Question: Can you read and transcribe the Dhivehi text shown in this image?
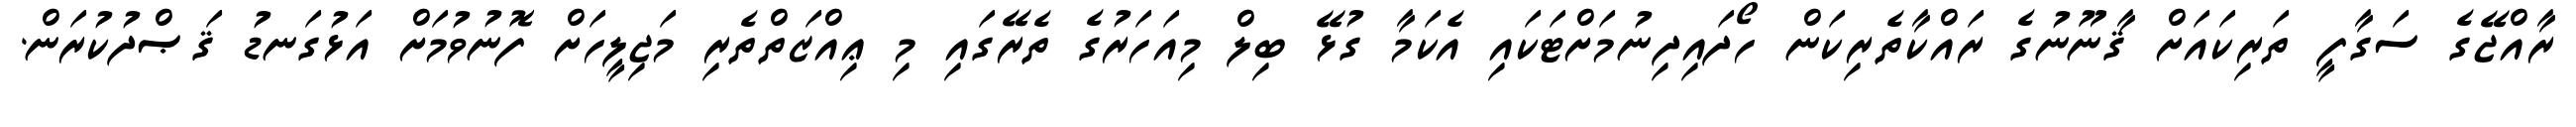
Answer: ރާއްޖޭގެ ސަގާފީ ތަރިކައަށް ޤާނޫނުގެ ރައްކާތެރިކަން ހޯދައިދިނުމަށްޓަކައި އެކަމާ ގުޅޭ ބިލް މިއަހަރުގެ ތެރޭގައި މި ޢިއްޒަތްތެރި މަޖިލީހަށް ފޮނުވުމަށް އަޅުގަނޑު ޤަޞްދުކުރަން.